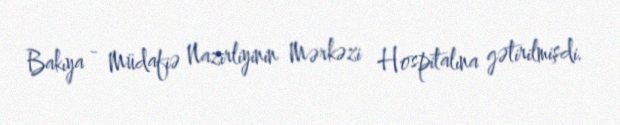
Bakıya - Müdafiə Nazirliyinin Mərkəzi Hospitalına gətirilmişdi.